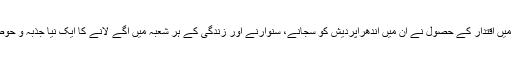
تاہم آندھراپردیش میں اقتدار کے حصول نے ان میں آندھراپردیش کو سجانے، سنوارنے اور زندگی کے ہر شعبہ میں آگے لانے کا ایک نیا جذبہ و حوصلہ پیدا کردیاہے۔